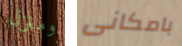
ومنزل بامكانى